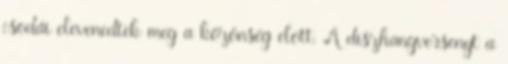
csodái elevenedtek meg a közönség elõtt. A díszhangversenyt a